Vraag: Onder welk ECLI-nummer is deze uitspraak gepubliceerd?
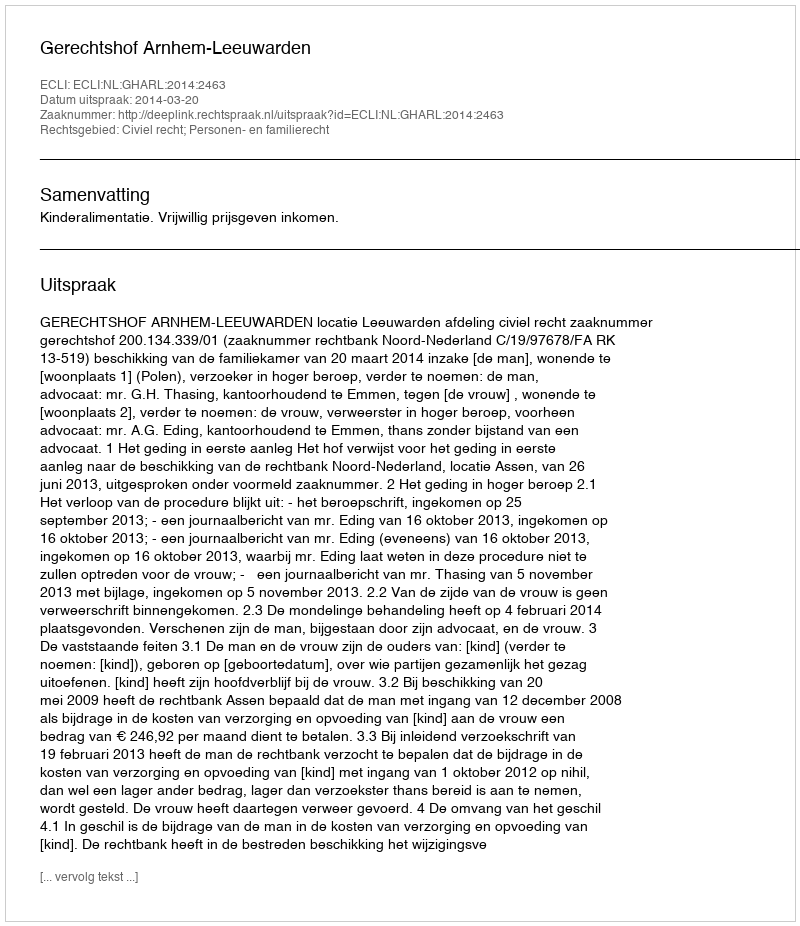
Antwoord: ECLI:NL:GHARL:2014:2463